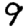
Digit: 9